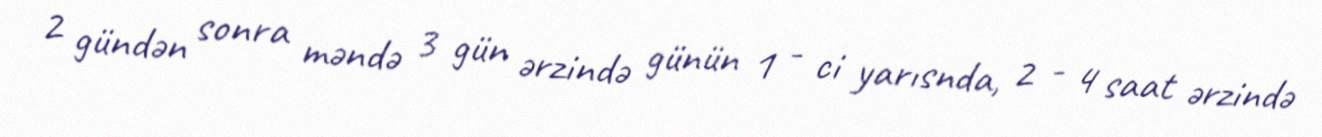
2 gündən sonra məndə 3 gün ərzində günün 1 - ci yarısnda, 2 - 4 saat ərzində